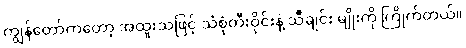
ကျွန်တော်ကတော့ အထူးသဖြင့် သံစုံတီးဝိုင်းနဲ့ သီချင်း မျိုးကို ကြိုက်တယ်။